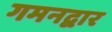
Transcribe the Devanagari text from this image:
गमनद्वार